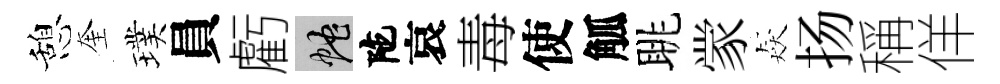
憩奎璞員虧蛇陀哀毒使觚眺䝉猋扬稱佯